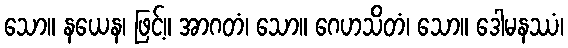
သော။ နယေန၊ ဖြင့်။ အာဂတံ၊ သော။ ဂေဟသိတံ၊ သော။ ဒေါမနဿံ၊